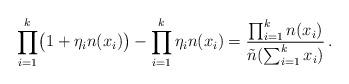
LaTeX: \begin{align*} \prod_{i=1}^k \bigl(1+\eta_i n(x_i)\bigr) - \prod_{i=1}^k \eta_i n(x_i) = {\prod_{i=1}^k n(x_i) \over \tilde{n}(\sum_{i=1}^k x_i)}\, .\end{align*}